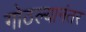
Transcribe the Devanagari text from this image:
गोठल्यानंतर